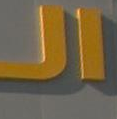
الاـ